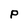
Character: P